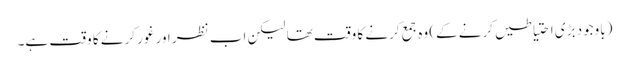
(باوجود بڑی احتیاطیں کرنے کے) وہ جمع کرنے کا وقت تھا لیکن اب نظر اور غور کرنے کا وقت ہے۔